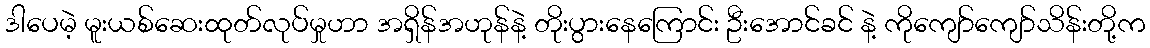
ဒါပေမဲ့ မူးယစ်ဆေးထုတ်လုပ်မှုဟာ အရှိန်အဟုန်နဲ့ တိုးပွားနေကြောင်း ဦးအောင်ခင် နဲ့ ကိုကျော်ကျော်သိန်းတို့က